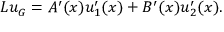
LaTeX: L u _ { G } = A ^ { \prime } ( x ) u _ { 1 } ^ { \prime } ( x ) + B ^ { \prime } ( x ) u _ { 2 } ^ { \prime } ( x ) .